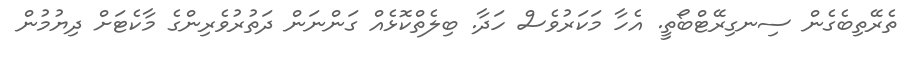
ތެރޭތިބެގެން ސިނގިރޭޓްބޯތީ. އެހާ މަކަރުވެސް ހަދާ. ބިލެތްކޮޅެއް ގަންނަން ދަތުރުވެރިންގެ މާކެޓަށް ދިޔުމުން